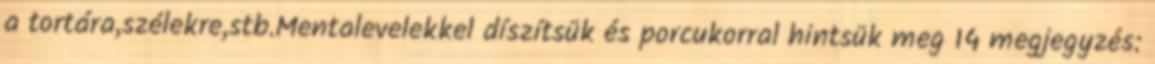
a tortára,szélekre,stb.Mentalevelekkel díszítsük és porcukorral hintsük meg 14 megjegyzés: